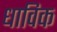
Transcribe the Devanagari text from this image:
धाविक